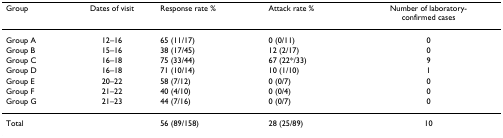
| Group | Dates of visit | Response rate % | Attack rate % | Number of laboratory-confirmed cases |
 | --- | --- | --- | --- | --- |
 | Group A | 12–16 | 65 (11/17) | 0 (0/11) | 0 |
 | Group B | 15–16 | 38 (17/45) | 12 (2/17) | 0 |
 | Group C | 16–18 | 75 (33/44) | 67 (22*/33) | 9 |
 | Group D | 16–18 | 71 (10/14) | 10 (1/10) | 1 |
 | Group E | 20–22 | 58 (7/12) | 0 (0/7) | 0 |
 | Group F | 21–22 | 40 (4/10) | 0 (0/4) | 0 |
 | Group G | 21–23 | 44 (7/16) | 0 (0/7) | 0 |
 | Total |  | 56 (89/158) | 28 (25/89) | 10 |